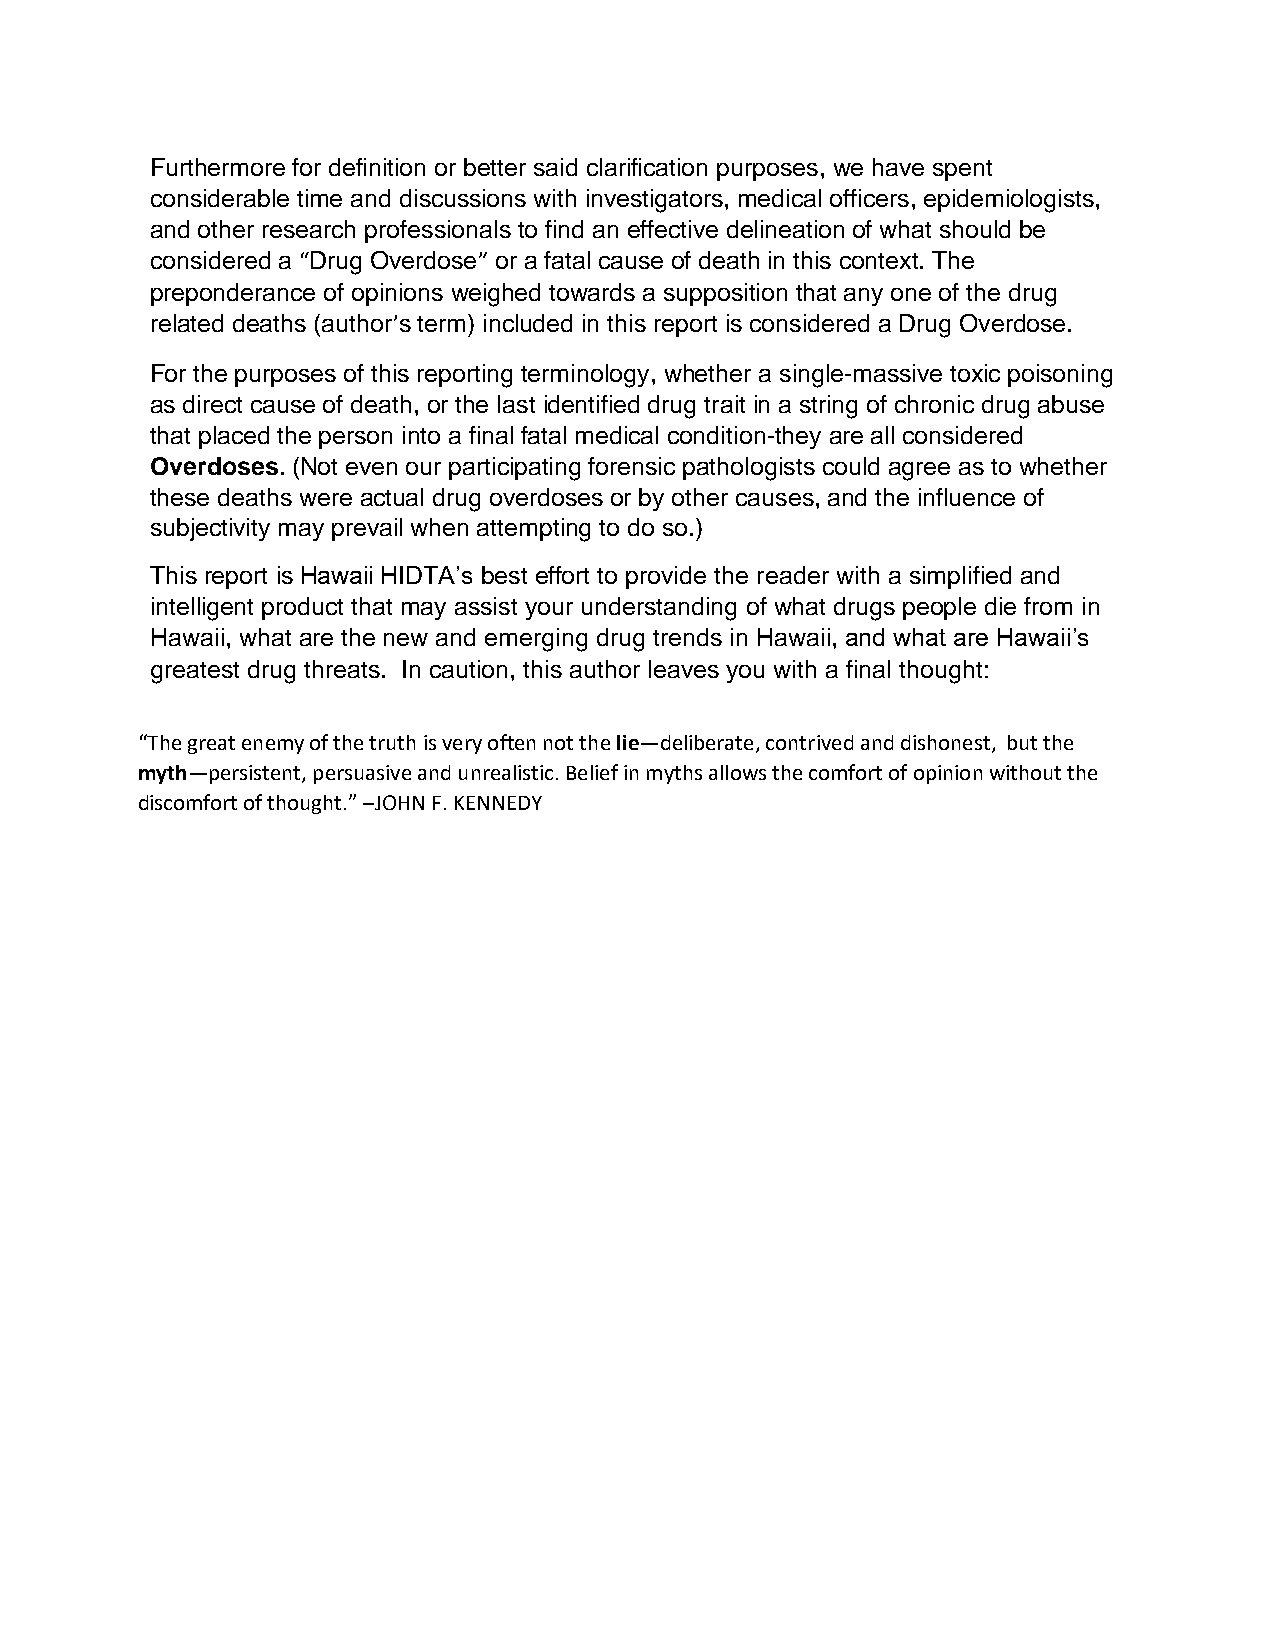
Furthermore for definition or better said clarification purposes, we have spent
 considerable time and discussions with investigators, medical officers, epidemiologists,
 and other research professionals to find an effective delineation of what should be
 considered a “Drug Overdose” or a fatal cause of death in this context. The
 preponderance of opinions weighed towards a supposition that any one of the drug
 related deaths (author’s term) included in this report is considered a Drug Overdose.
 For the purposes of this reporting terminology, whether a single-massive toxic poisoning
 as direct cause of death, or the last identified drug trait in a string of chronic drug abuse
 that placed the person into a final fatal medical condition-they are all considered
 Overdoses. (Not even our participating forensic pathologists could agree as to whether
 these deaths were actual drug overdoses or by other causes, and the influence of
 subjectivity may prevail when attempting to do so.)
 This report is Hawaii HIDTA’s best effort to provide the reader with a simplified and
 intelligent product that may assist your understanding of what drugs people die from in
 Hawaii, what are the new and emerging drug trends in Hawaii, and what are Hawaii’s
 greatest drug threats. In caution, this author leaves you with a final thought:
 “The great enemy of the truth is very often not the lie—deliberate, contrived and dishonest, but the
 myth—persistent, persuasive and unrealistic. Belief in myths allows the comfort of opinion without the
 discomfort of thought.” –JOHN F. KENNEDY